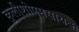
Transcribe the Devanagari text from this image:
कुलीशोपमसायक